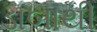
ડાબાથી